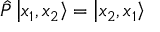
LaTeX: { \hat { P } } \left| x _ { 1 } , x _ { 2 } \right\rangle = \left| x _ { 2 } , x _ { 1 } \right\rangle